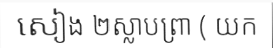
សៀង ២ស្លាបព្រា ( យក